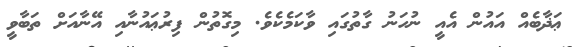
ޢަޛާބެއް އައުން އެއީ ނުހަނު ގާތުގައި ވާކަމެކެވެ. މިގޮތުން ފިރުޢައުނާއި އޭނާއަށް ތަބާވީ